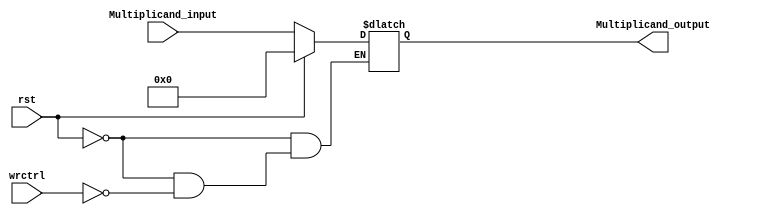
module Multiplicand(
	input [31:0] Multiplicand_input, //Multiplicand input
	input rst, //Reset multiplicand
	input wrctrl, //write the multiplicand into register
	output reg [31:0] Multiplicand_output //Multiplicand output
	);
	
always@(wrctrl or rst)begin
	if(rst)Multiplicand_output=32'd0;//If reset signal is 1,put the value 0 to the output
	else if(wrctrl)Multiplicand_output=Multiplicand_input;//If write control signal is 1,,put the value of input to the output
end
endmodule